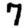
Digit: 7